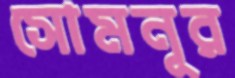
সোমনূর